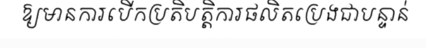
ឱ្យមានការបើកប្រតិបត្តិការផលិតប្រេងជាបន្ទាន់